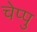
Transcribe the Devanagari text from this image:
चेप्पु